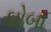
ઘોબા